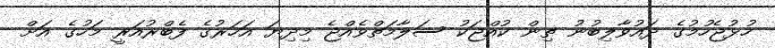
ހުޅުޖެހުމުގެ ދައުވާލިބުނު ތިން ކުއްޖަކު ސަލާމަތްވެއްޖެ މިދިޔަ އަހަރުގެ ފެބްރުއަރީ މަހުގެ އަށް